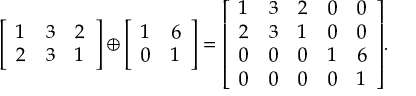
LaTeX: { \left[ \begin{array} { l l l } { 1 } & { 3 } & { 2 } \\ { 2 } & { 3 } & { 1 } \end{array} \right] } \oplus { \left[ \begin{array} { l l } { 1 } & { 6 } \\ { 0 } & { 1 } \end{array} \right] } = { \left[ \begin{array} { l l l l l } { 1 } & { 3 } & { 2 } & { 0 } & { 0 } \\ { 2 } & { 3 } & { 1 } & { 0 } & { 0 } \\ { 0 } & { 0 } & { 0 } & { 1 } & { 6 } \\ { 0 } & { 0 } & { 0 } & { 0 } & { 1 } \end{array} \right] } .